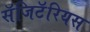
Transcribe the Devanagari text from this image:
सॅजिटॅरियस